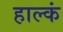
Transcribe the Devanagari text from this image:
हाल्कं